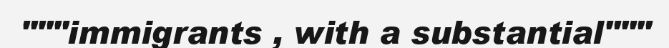
"""immigrants , with a substantial"""